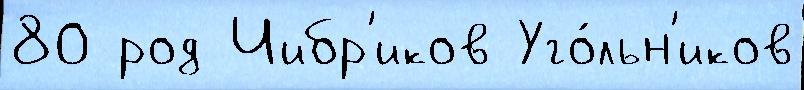
80 род Чибр'иков Уго́льн'иков